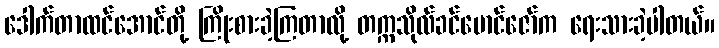
ဒေါက်တာထင်အောင်တို့ ကြိုးစားခဲ့ကြတာလို့ တက္ကသိုလ်ခင်မောင်ဇော်က ရေးသားခဲ့ပါတယ်။